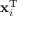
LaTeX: \mathbf { x } _ { i } ^ { \mathrm { { T } } }